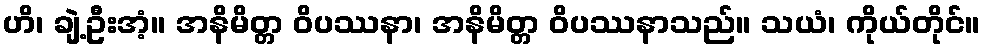
ဟိ၊ ချဲ့ဦးအံ့။ အနိမိတ္တ ဝိပဿနာ၊ အနိမိတ္တ ဝိပဿနာသည်။ သယံ၊ ကိုယ်တိုင်။